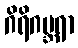
ဂိရိဂဗ္ဘရာ